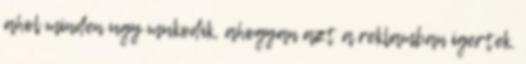
ahol minden ugy mukodik, ahogyan azt a reklamban igertek.